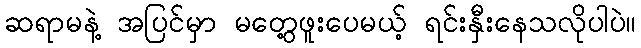
ဆရာမနဲ့ အပြင်မှာ မတွေ့ဖူးပေမယ့် ရင်းနှီးနေသလိုပါပဲ။